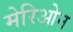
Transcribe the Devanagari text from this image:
मेरिओन